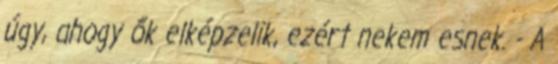
úgy, ahogy ők elképzelik, ezért nekem esnek. - A